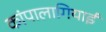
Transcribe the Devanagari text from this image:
कांपालागियाई